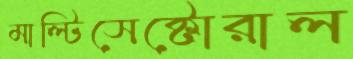
মাল্টিসেক্টোরাল